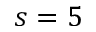
s = 5